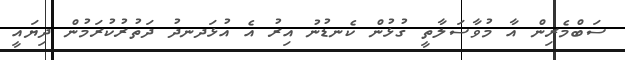
ސަބްމެރިން އާ މުވާސަލާތީ ގުޅުން ކެނޑުނު އިރު އެ އުޅަދނދު ދަތުރުކުރަމުން ދިޔައީ